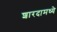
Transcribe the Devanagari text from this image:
शारदामध्ये